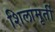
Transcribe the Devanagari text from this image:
शिलामृर्ती